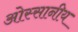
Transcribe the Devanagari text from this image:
ओस्सानीय